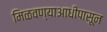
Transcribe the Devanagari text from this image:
मिळवण्याआधीपासून